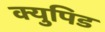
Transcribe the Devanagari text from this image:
क्युपिड